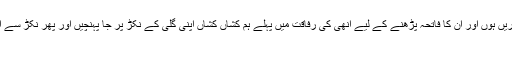
گھر وہاںہوتا ہے جہاں پاس پڑوس میں ہی باپ ، دادا کی قبریں ہوں اور ان کا فاتحہ پڑھنے کے لیے انھی کی رفاقت میں پہلے ہم کشاں کشاں اپنی گلی کے نکڑ پر جا پہنچیں اور پھر نکڑ سے ایک آدھ فرلانگ کے کچے راستے پر ہی قبرستان میں …‘‘
بٹوارے نے بنگال اور پنجاب کو دوٹکڑوں میں بانٹ دیا۔